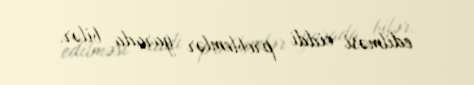
edilməsi ciddi problemlər yarada bilər.